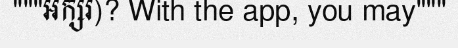
"""អក្សរ)? With the app, you may"""